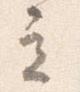
立